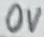
Text: 0V